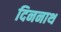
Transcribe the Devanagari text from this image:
दिननाथ